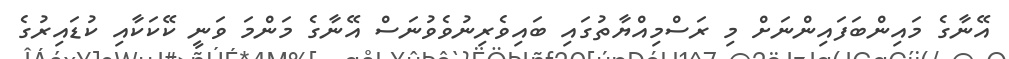
އޭނާގެ މައިންބަފައިންނަށް މި ރަސްމިއްޔާތުގައި ބައިވެރިނުވެވުނަސް އޭނާގެ މަންމަ ވަނީ ކޭކަކާއި ކުޑައިރުގެ